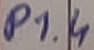
Text: P1.4